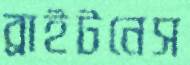
ব্রাইটনেস